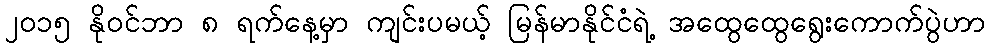
၂ဝ၁၅ နိုဝင်ဘာ ၈ ရက်နေ့မှာ ကျင်းပမယ့် မြန်မာနိုင်ငံရဲ့ အထွေထွေရွေးကောက်ပွဲဟာ